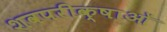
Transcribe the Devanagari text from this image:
शवपरीक्षाओं